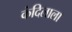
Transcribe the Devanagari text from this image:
कंदिलाला